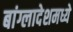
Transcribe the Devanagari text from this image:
बांग्लादेशमध्ये